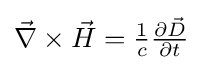
{\textstyle {\vec {\nabla }}\times {\vec {H}}={\frac {1}{c}}{\frac {\partial {\vec {D}}}{\partial t}}}